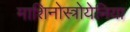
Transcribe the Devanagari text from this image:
माशिनोस्त्रोयेनिया